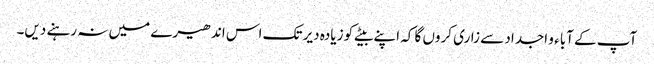
آپ کے آباء و اجداد سے زاری کروں گا کہ اپنے بیٹے کو زیادہ دیر تک اس اندھیرے میں نہ رہنے دیں۔